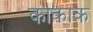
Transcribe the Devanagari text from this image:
काकाक